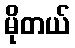
မိုတယ်